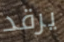
يرقد